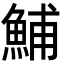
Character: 鯆